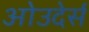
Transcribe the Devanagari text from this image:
ओउदेर्स